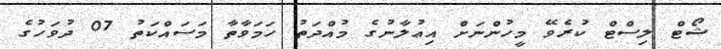
ޝޯޓް ލިސްޓް ކުރެވޭ މީހުންނަށް އިޢުލާނުގެ މުއްދަތު ހަމަވާތާ މަސައްކަތު 07 ދުވަހުގެ